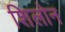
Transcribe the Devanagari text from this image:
शिलोन